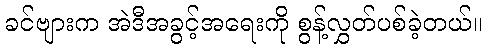
ခင်ဗျားက အဲဒီအခွင့်အရေးကို စွန့်လွှတ်ပစ်ခဲ့တယ်။